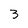
Character: 3